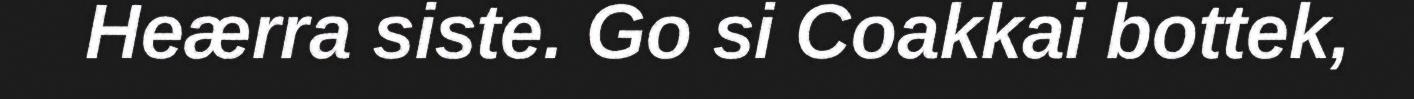
Heærra siste. Go si Coakkai bottek,